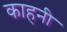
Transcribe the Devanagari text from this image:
काहनी